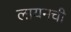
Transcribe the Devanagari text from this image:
लायनची